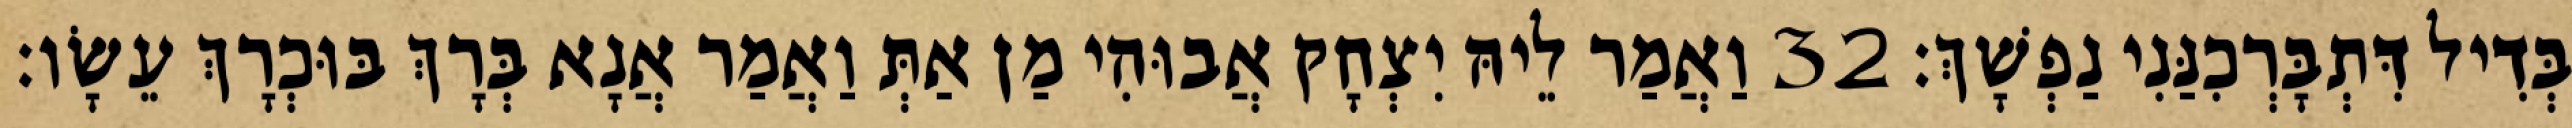
בְּדִיל דִּתְבָּרְכִנַּנִי נַפְשָׁךְ׃ 32 וַאֲמַר לֵיהּ יִצְחָק אֲבוּהִי מַן אַתְּ וַאֲמַר אֲנָא בְּרָךְ בּוּכְרָךְ עֵשָׂו׃